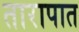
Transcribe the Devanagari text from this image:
तारापात